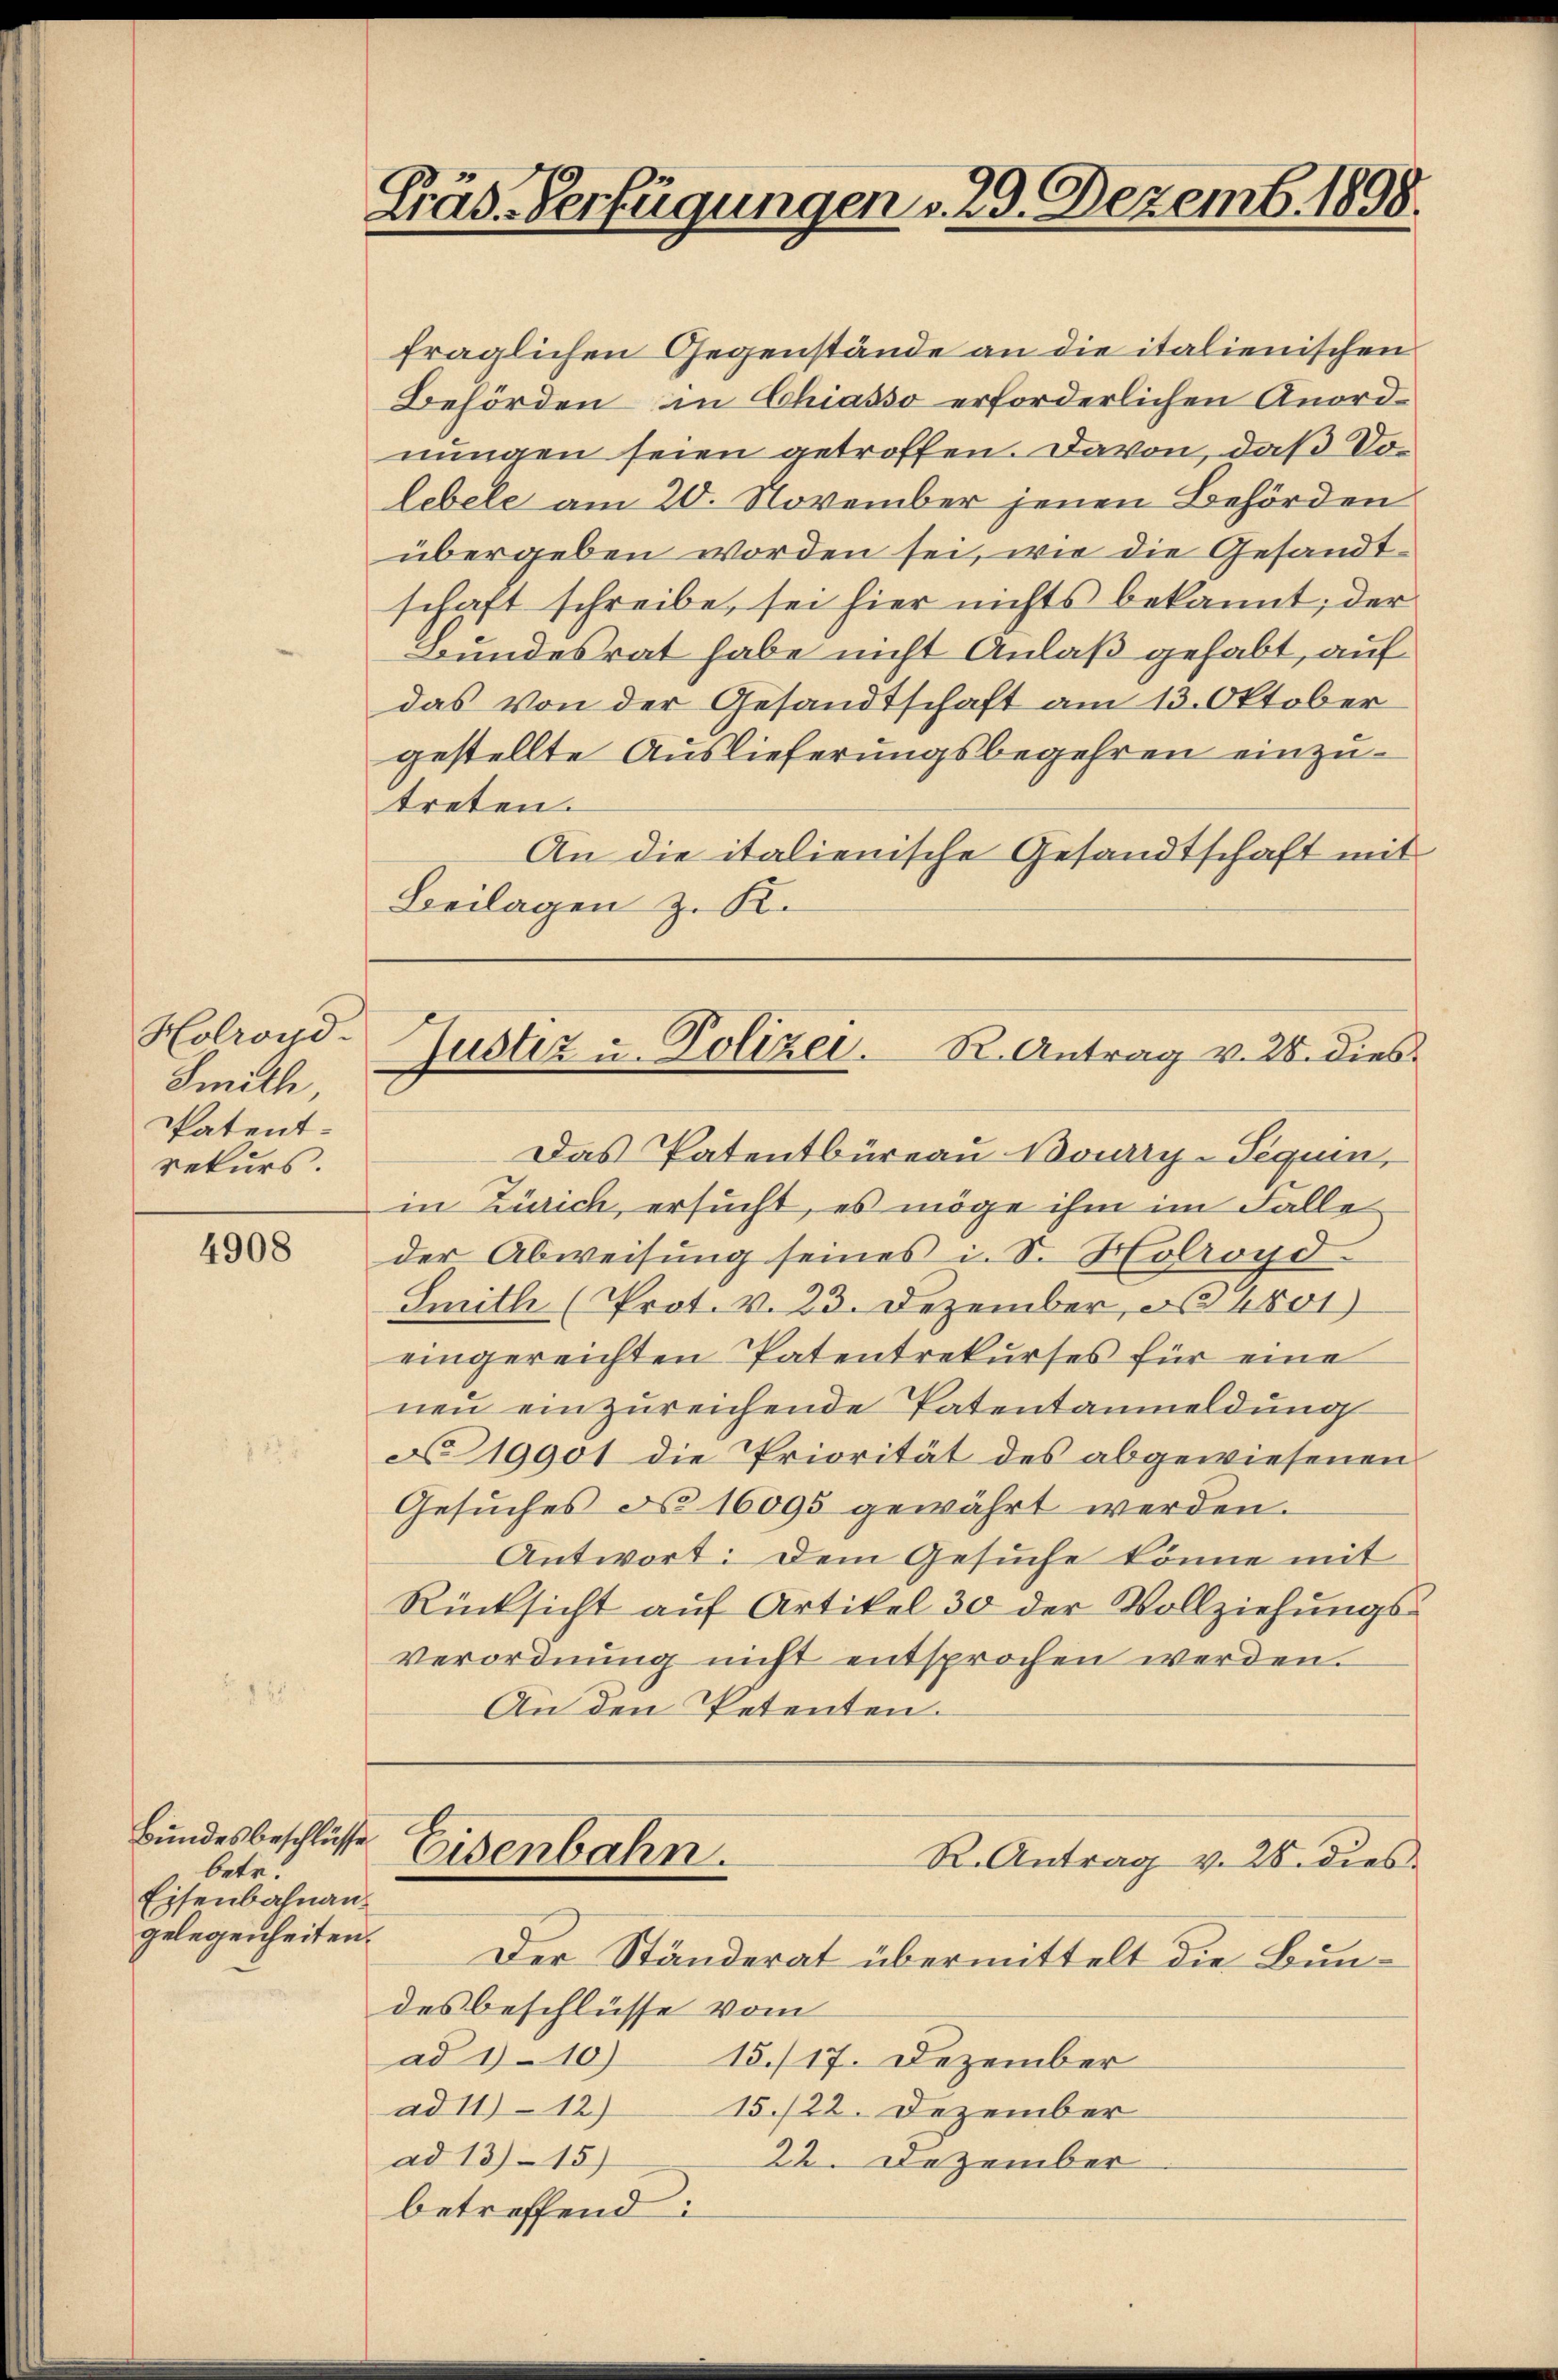
Holroyd-
Smith,
Patentrekurs.

4908

Bundesbeschlüsse.
betr.
Eisenbahnan¬

Präs. Verfügungen v. 23. Dezemb. 1898.

Justiz u. Polizei. R. Antrag v. 28. dies¬

fraglichen Gegenstände an die italienischen
Behörden in Chiasso erforderlichen Anordnungen seien getroffen. Davon, daß Volebele am 20. November jenen Behörden
übergeben worden sei, wie die Gesandtschaft schreibe, sei hier nichts bekannt; der
Bundesrat habe nicht Anlaß gehabt, auf
das von der Gesandtschaft am 13. Oktober
gestellte Auslieferungsbegehren einzutreten.
An die italienische Gesandtschaft mit
Beilagen z. K.
Das Patentbüreau Boudry-Sequen,
in Zürich, ersucht, es möge ihm im Falle
der Abweisung seines i. S. Holroyd-
Smith (Prot. v. 23. Dezember, § 4801)
eingereichten Patentrekurses für eine
neŭ einzŭreichende Patentanmeldŭng
No. 19901 die Priorität des abgewiesenen
Gesuches d. 16095 gewährt werden.
Antwort: Dem Gesuche könne mit
Rücksicht auf Artikel 30 der Vollziehungs-
verordnŭng nicht entsprochen werden.
An den Petenten.
Eisenbahn.
R. Antrag v. 28. dies
gelegenheiten. Der Ständerat übermittelt die Bundes beschlüsse vom
ad 110) 15./17. Dezember
ad 11) 12)
15./22. Dezember
ad 1315)
22. Dezember.
betreffend: